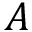
A